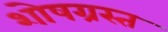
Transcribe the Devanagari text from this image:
शोषग्रस्‍त